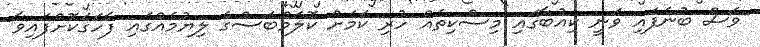
ވެސް ބުނެފައި ވަނީ ކިއުބާގައި މިސްކިތެއް ހުރި ކަމަށް ކޮލަމްބަސްގެ ލިޔުމެއްގައި ފާހަގަކޮށްފައިވާ